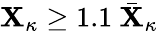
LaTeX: \mathbf{X}_{\kappa}\geq1.1~\bar{{\mathbf{X}}}_{\kappa}